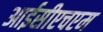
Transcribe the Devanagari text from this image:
आईसीएचएम